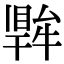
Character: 𤛙